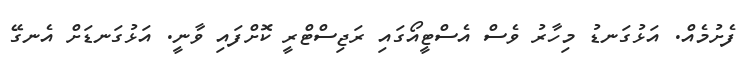
ފެށުމެއް. އަޅުގަނޑު މިހާރު ވެސް އެސްޓީއޯގައި ރަޖިސްޓްރީ ކޮށްފައި ވާނީ. އަޅުގަނޑަށް އެނގޭ